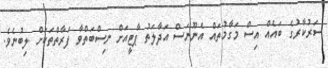
ސަރުކާރުގެ ބައެއް އިސް މަގާމުތައް އެނޫނަސް އަދާލަތު ޕާޓީއަށް ނިސްބަތްވާ ފަރާތްތަކަށް ލިބުނެވެ.